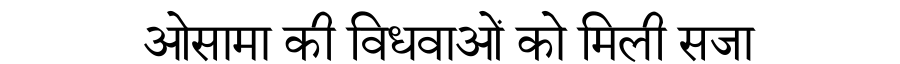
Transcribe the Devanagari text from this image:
ओसामा की विधवाओं को मिली सजा